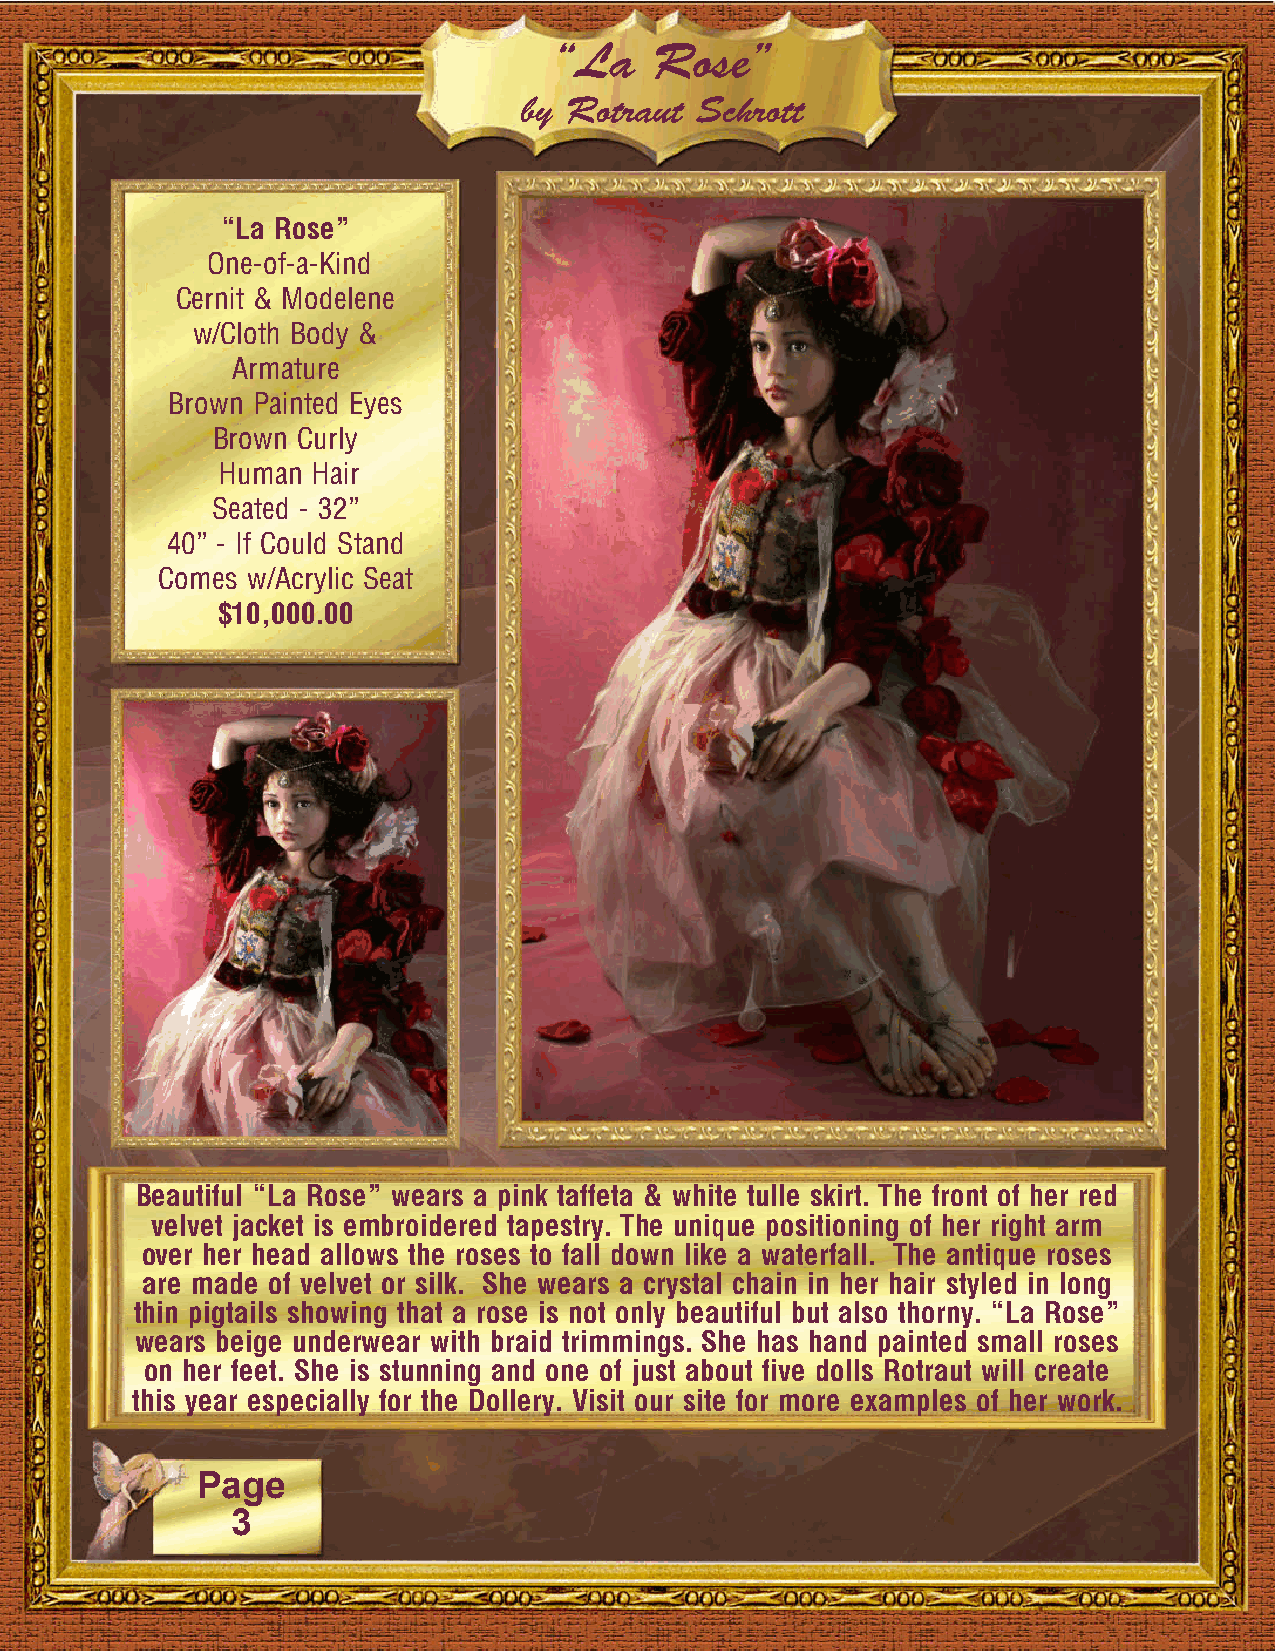
“La   Rose”
 by Rotraut Schrott
 “La Rose”
 One-of-a-Kind
 Cernit & Modelene
 w/Cloth Body &
 Armature
 Brown Painted Eyes
 Brown Curly
 Human Hair
 Seated - 32”
 40” - If Could Stand
 Comes w/Acrylic Seat
 $10,000.00
 Beautiful “La Rose” wears a pink taffeta & white tulle skirt. The front of her red
 velvet jacket is embroidered tapestry. The unique positioning of her right arm
 over her head allows the roses to fall down like a waterfall. The antique roses
 are made of velvet or silk. She wears a crystal chain in her hair styled in long
 thin pigtails showing that a rose is not only beautiful but also thorny. “La Rose”
 wears beige underwear with braid trimmings. She has hand painted small roses
 on her feet. She is stunning and one of just about five dolls Rotraut will create
 this year especially for the Dollery. Visit our site for more examples of her work.
 Page
 3